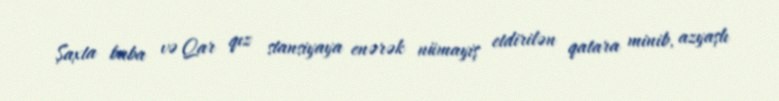
Şaxta baba və Qar qız stansiyaya enərək nümayiş etdirilən qatara minib, azyaşlı